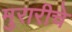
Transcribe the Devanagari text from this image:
मुरारीचे